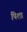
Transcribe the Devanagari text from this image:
पिशा